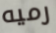
رميه